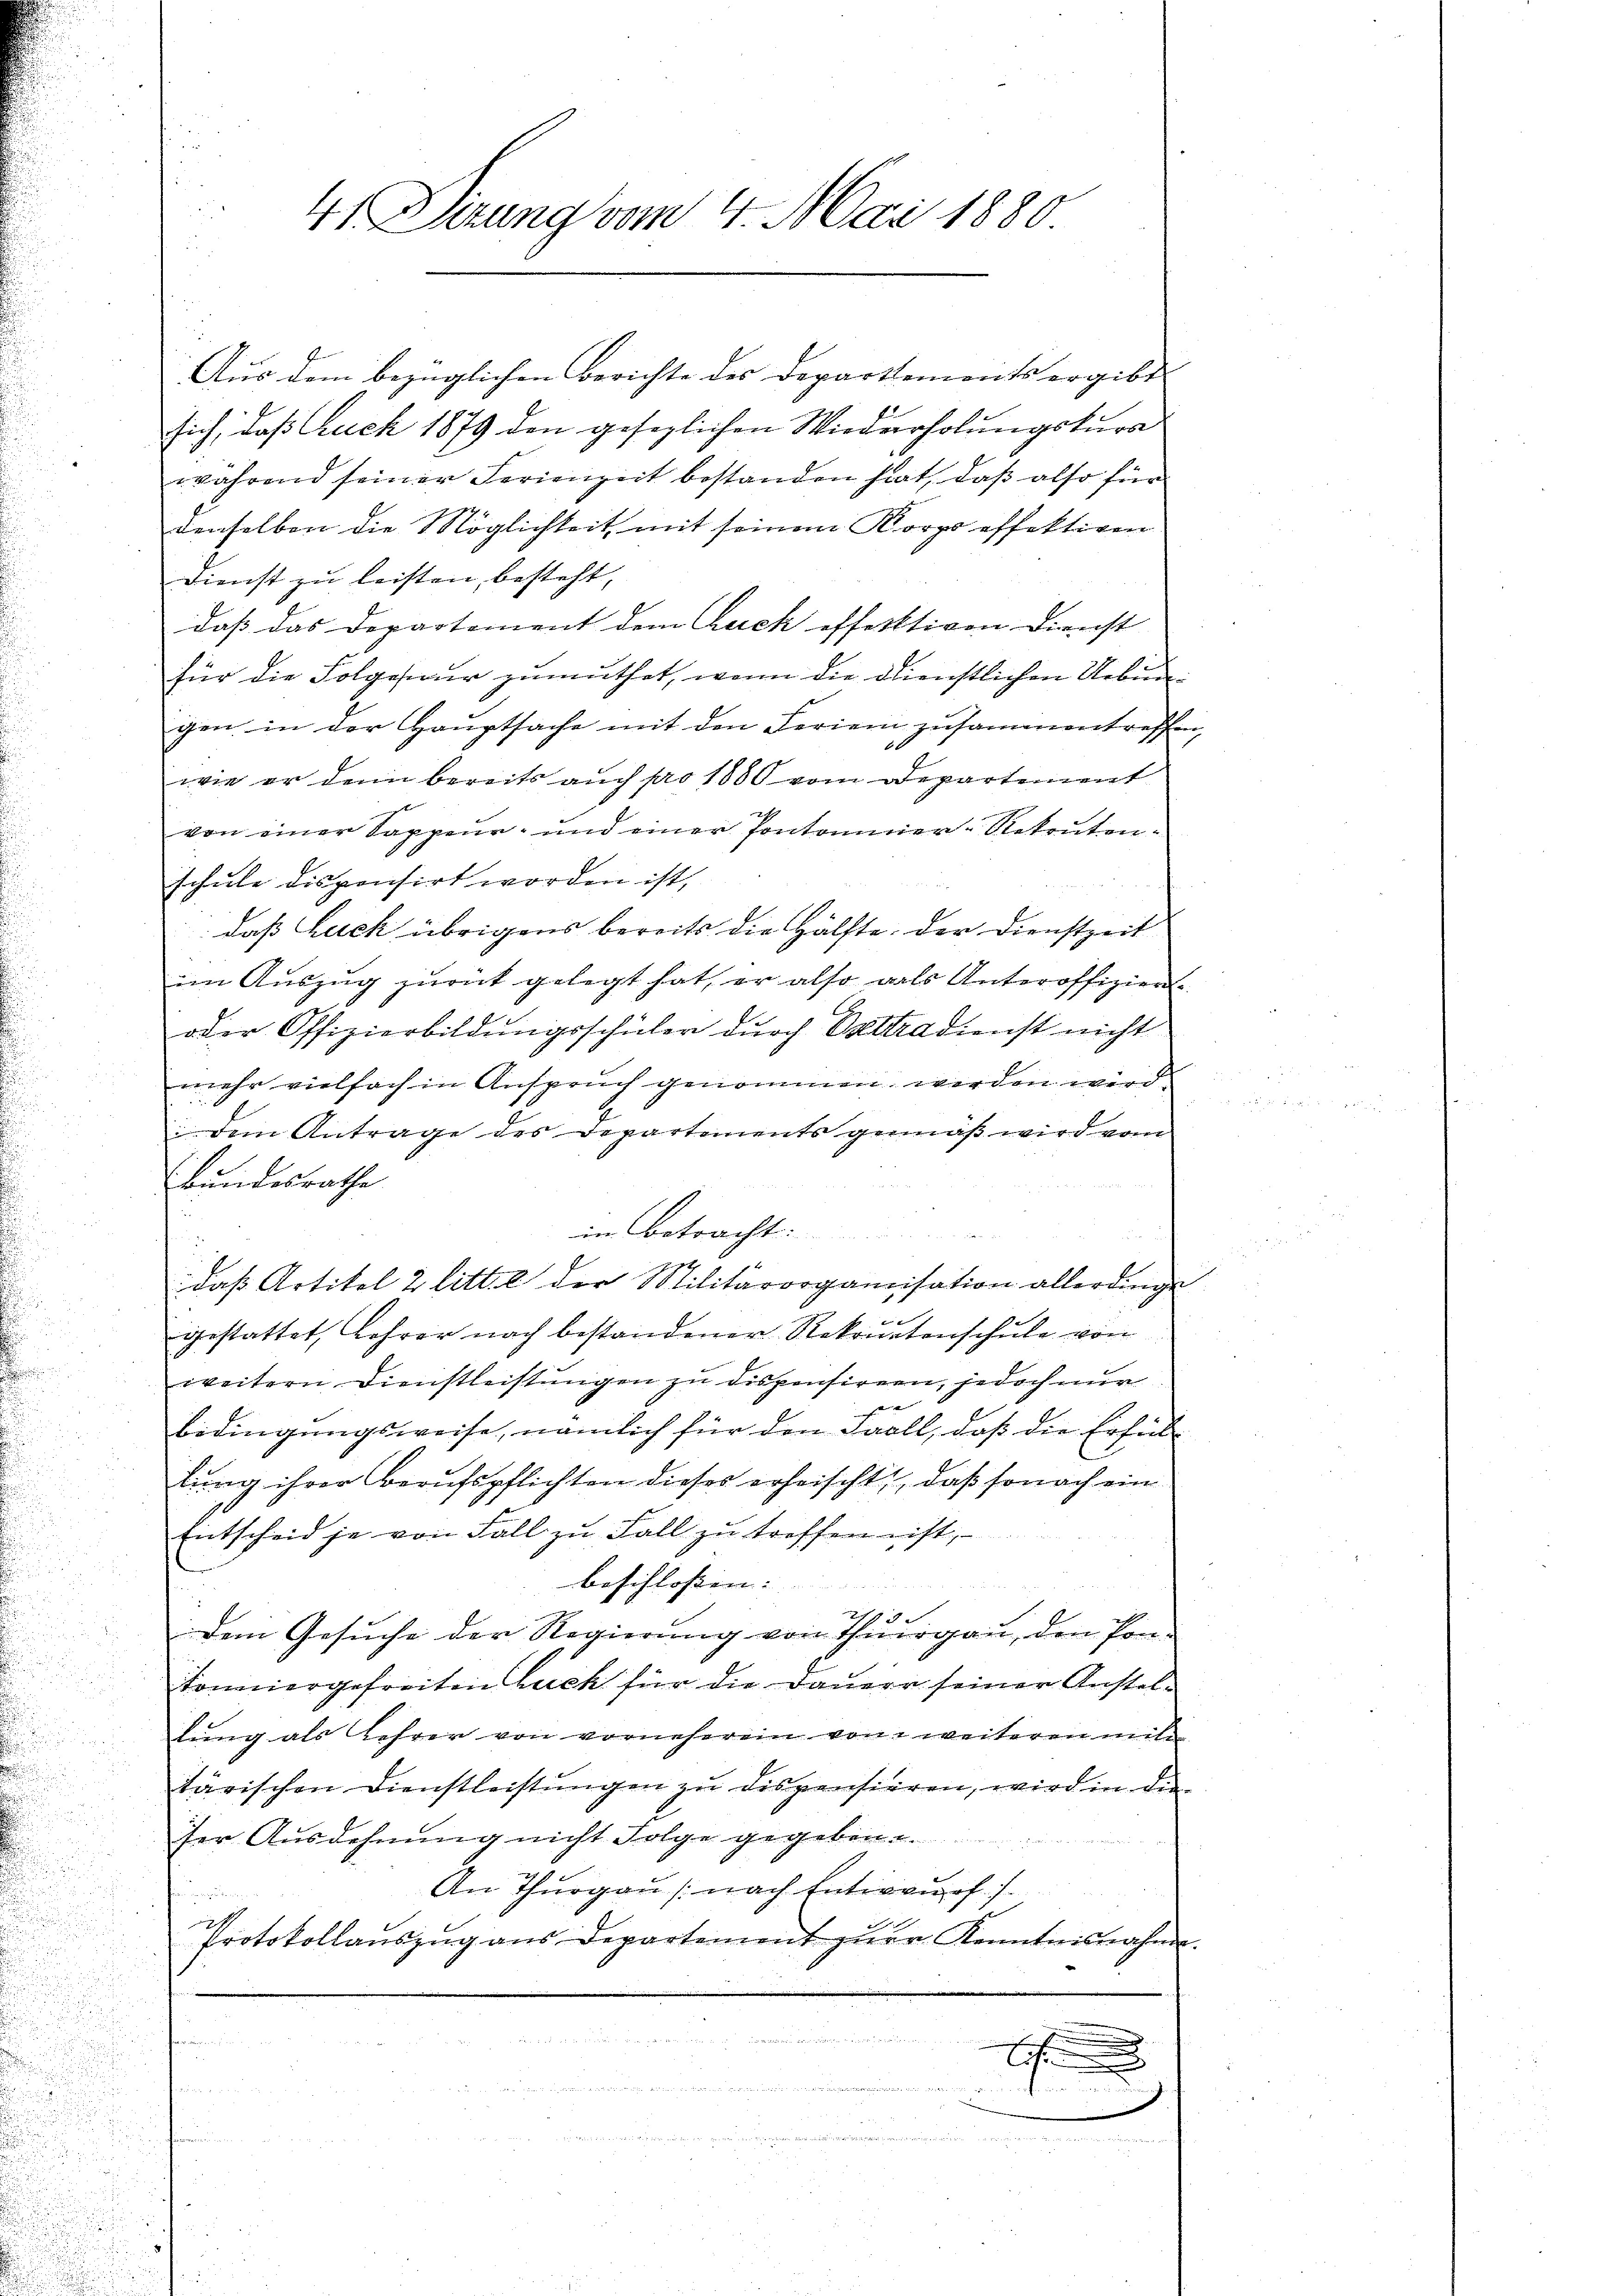
4 Sizung vom 4. Mai 1880

Aus dem bezüglichen Berichte des Departements ergibt.
sich, daß Auch 1879 den gesezlichen Wiederholungskura
während seiner Ferienzeit bestanden hat, daß also für
denselben die Möglichkeit mit seinem Korps effektiven
Dienst zu leisten, besteht,
daß das Departement dem Buch offektiven Dienst
für die Folgesteuer zumuthet, wenn die dienstlichen Uebungen in der Hauptsache mit den Ferien zusammentreffen,
wie er denn bereits auch pro 1880 vom Departement
von einer Sappeur- und einer Pontonier-Rekrutenschule dispensirt worden ist,
daß Euch übrigens bereits die Hälfte, der Dienstzeit
im Aŭszŭg zŭrück gelegt hat, er also als Unteroffiziens
oder Offizierbildungsschüler durch Valtradienst nicht
mehr vielfach in Anspruch genommen werden wird
dem Antrage des Departements gemäß wird vom
Bundesrathe
in Betracht
daß Artikel 2 litt. e der Militärorganisation allerdinge
gestattet, Lehrer nach bestandener Rekrutenschule von
weitern Dienstleistungen zu dispensirern, jedoch nur
 |
bedingungsweise, nämlich für den Fall, daß die Erfüllung ihrer Berufspflichten dieses erheischt, daß sonach ein
Entscheid je von Fall zu Fall zu treffen ist,
beschlossen: |
2788. |
dem Gesuche der Regierung von Thurgau, den Pontonniergefreiten Buch für die Dauern seiner Anstellung als Lehrer von vorneherein von weiteren mit
tärischen Dienstleistungen zu dispensieren, wird in die
ser Ausdehnung nicht Folge gegeben.
An Thurgau (nach Entwurf)

717.
Protokollaŭszŭg ans Departement zŭr Kenntnisnahme.
  der

e
1
.................
im